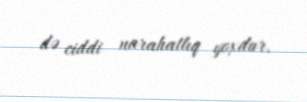
də ciddi narahatlıq yoxdur.